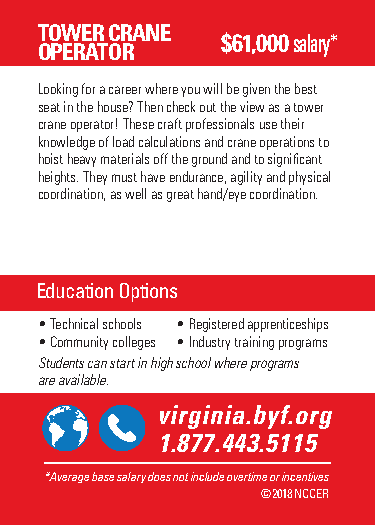
TOWER CRANE
 $61,000 salary*
 OPERATOR
 Looking for a career where you will be given the best
 seat in the house? Then check out the view as a tower
 crane operator! These craft professionals use their
 knowledge of load calculations and crane operations to
 hoist heavy materials off the ground and to significant
 heights. They must have endurance, agility and physical
 coordination, as well as great hand/eye coordination.
 Education Options
 • Technical schools • Registered apprenticeships
 • Community colleges • Industry training programs
 Students can start in high school where programs
 are available.
 @viBrugiildnYioau.brFyuft.uorreg
 B1u.i8ld7Y7o.u4r4Fu3t.u5r1e.1o5rg
 **AAvveeraraggee b baassee s saalalaryry d dooeess n noot ti ninccluluddee o ovveertritmimee o or ri nincceenntitviveess
 ©©22001178 N NCCCCEERR